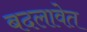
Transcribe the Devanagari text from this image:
बदलावेत